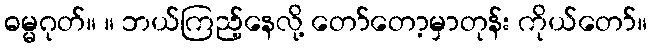
ဓမ္မဂုတ်။ ။ ဘယ်ကြည့်နေလို့ တော်တော့မှာတုန်း ကိုယ်တော်။